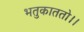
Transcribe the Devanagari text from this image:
भतुकाततो।।